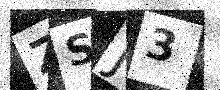
Text: ZSJ3